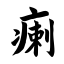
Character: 瘌